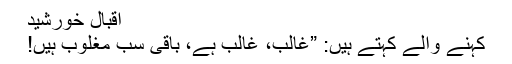
اقبال خورشید
کہنے والے کہتے ہیں: ”غالب، غالب ہے، باقی سب مغلوب ہیں!